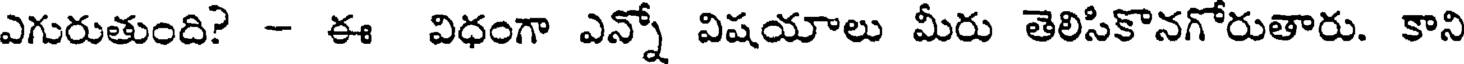
ఎగురుతుంది? - ఈ విధంగా ఎన్నో విషయాలు మీరు తెలిసికొనగోరుతారు. కాని